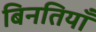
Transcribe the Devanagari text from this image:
बिनतियाँ